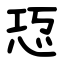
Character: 㤍